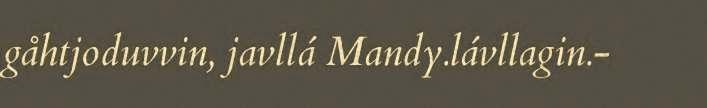
gåhtjoduvvin, javllá Mandy.lávllagin.-